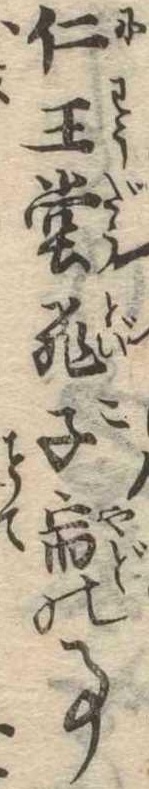
仁王堂飛子宿の事